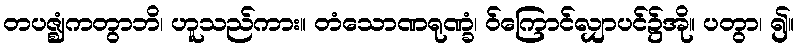
တပဇ္ဈံကတွာဘိ၊ ဟူသည်ကား။ တံသောဏရုဏ္ခံ၊ ဝ်ကြောင်လျှာပင်၌အို။ ပတွာ၊ ၍။